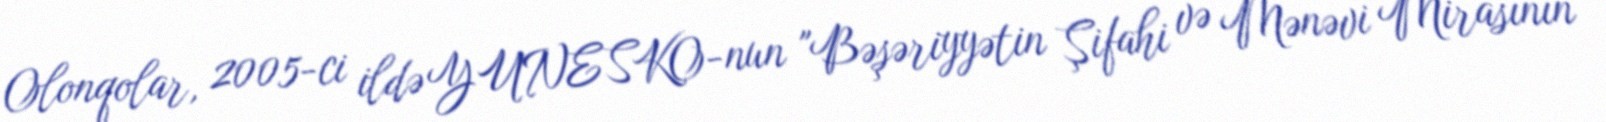
Olonqolar, 2005-ci ildə YUNESKO-nun "Bəşəriyyətin Şifahi və Mənəvi Mirasının